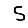
Digit: 5